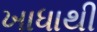
ખાધાથી